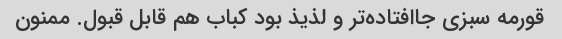
قورمه سبزی جاافتاده‌تر و لذیذ بود کباب هم قابل قبول. ممنون